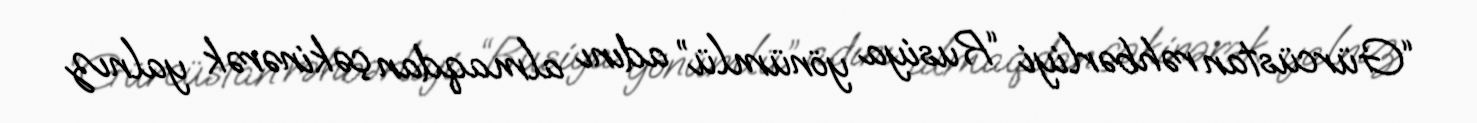
“Gürcüstan rəhbərliyi “Rusiya yönümlü” adını almaqdan çəkinərək yalnız